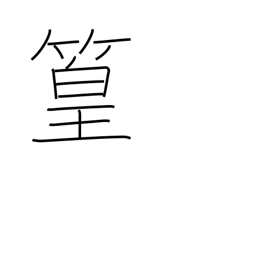
Meaning: bamboo grove